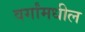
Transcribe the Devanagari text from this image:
वर्गांमधील